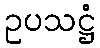
ဥပသဋ္ဌံ